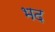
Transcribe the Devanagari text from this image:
भद